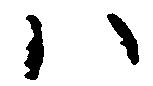
ハ